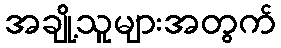
အချို့သူများအတွက်